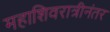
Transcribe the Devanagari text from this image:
महाशिवरात्रीनंतर